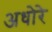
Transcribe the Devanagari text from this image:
अधोरे